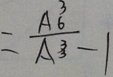
= \frac { A ^ { 3 } _ { 6 } } { A ^ { 3 } _ { 3 } } - 1